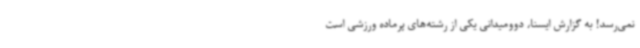
نمی‌رسد! به گزارش ایسنا، دوومیدانی یکی از رشته‌های پرماده ورزشی است